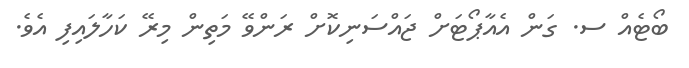
ބޯޓެއް ސ. ގަން އެއާޕޯޓަށް ޖައްސަނިކޮށް ރަންވޭ މަތިން މިރޭ ކަހާލައިފި އެވެ.